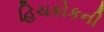
હિચકોકની